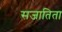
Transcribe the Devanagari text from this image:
सजातिता